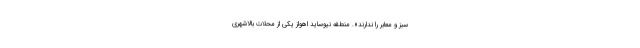
سبز و معابر را ندارند». منطقه نیوساید اهواز یکی از محلات بالاشهری